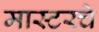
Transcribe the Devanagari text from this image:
मास्टरचे